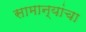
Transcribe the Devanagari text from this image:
सामान्यांचा